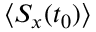
\langle S _ { x } ( t _ { 0 } ) \rangle